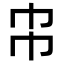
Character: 𢁝